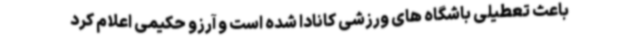
باعث تعطیلی باشگاه های ورزشی کانادا شده است و آرزو حکیمی اعلام کرد